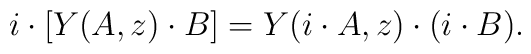
i \cdot \left[ Y(A,z) \cdot B \right] = Y(i \cdot A,z) \cdot (i \cdot B).